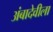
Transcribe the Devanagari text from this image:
अंबादेवीला